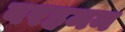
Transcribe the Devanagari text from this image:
बरहमन